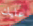
عليك